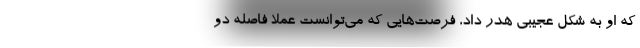
که او به شکل عجیبی هدر داد، فرصت‌هایی که می‌توانست عملاً فاصله دو